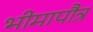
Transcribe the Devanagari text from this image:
भीमापौत्र